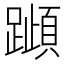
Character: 𰸰